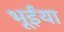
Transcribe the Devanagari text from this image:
भूईंया